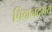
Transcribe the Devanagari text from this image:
चिदानंदमय